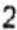
2